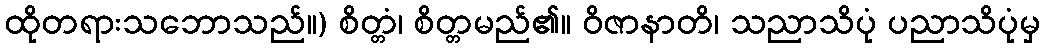
ထိုတရားသဘောသည်။) စိတ္တံ၊ စိတ္တမည်၏။ ဝိဇာနာတိ၊ သညာသိပုံ ပညာသိပုံမှ